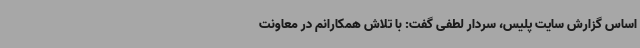
اساس گزارش سایت پلیس، سردار لطفی گفت: با تلاش همکارانم در معاونت